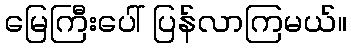
မြေကြီးပေါ် ပြန်လာကြမယ်။